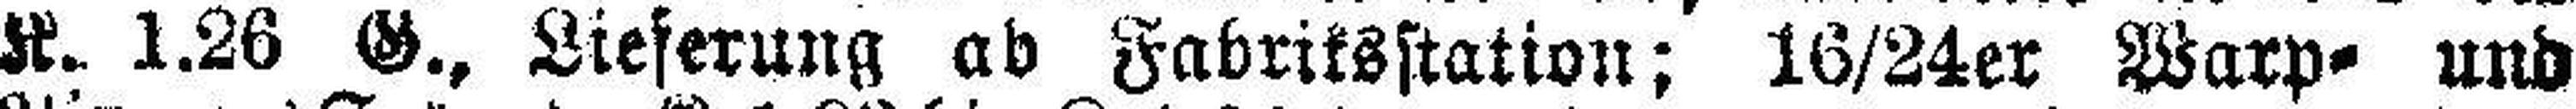
K. 1.26 G., Lieferung ab Fabriksstation; 16/24er Warp= und